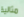
مثالية